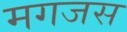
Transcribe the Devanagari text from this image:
मगजस